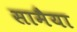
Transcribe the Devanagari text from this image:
सामैया